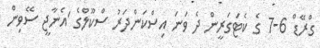
ގްރޭޑް 6-7 ގެ ކެޓަގަރީން ދެ ވަނަ އިސްކަންދަރު ސްކޫލްގެ 'އެނާޖީ ސޭވިން